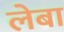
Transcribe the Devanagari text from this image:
लेबा